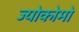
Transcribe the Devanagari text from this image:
ज्योकोमो